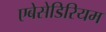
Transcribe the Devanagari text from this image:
एबेसेडिरियम